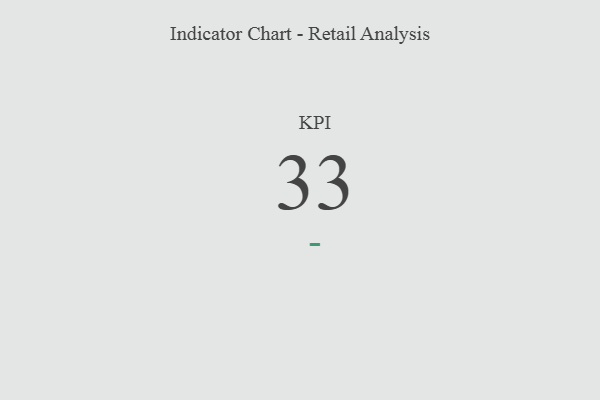
{"axis": {"x": "KPI", "y": "Value"}, "legend": [""], "data": [{"x": "KPI", "y": 33, "type": ""}]}